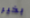
بخير